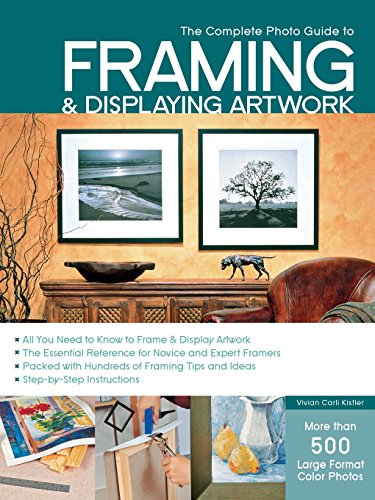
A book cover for The Complete Photo Guide to Framing and Displaying Artwork: 500 Full-Color How-to Photos; Vivian Carli Kistler; Crafts, Hobbies & Home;